[Report on the health of British troops in the Madras command]
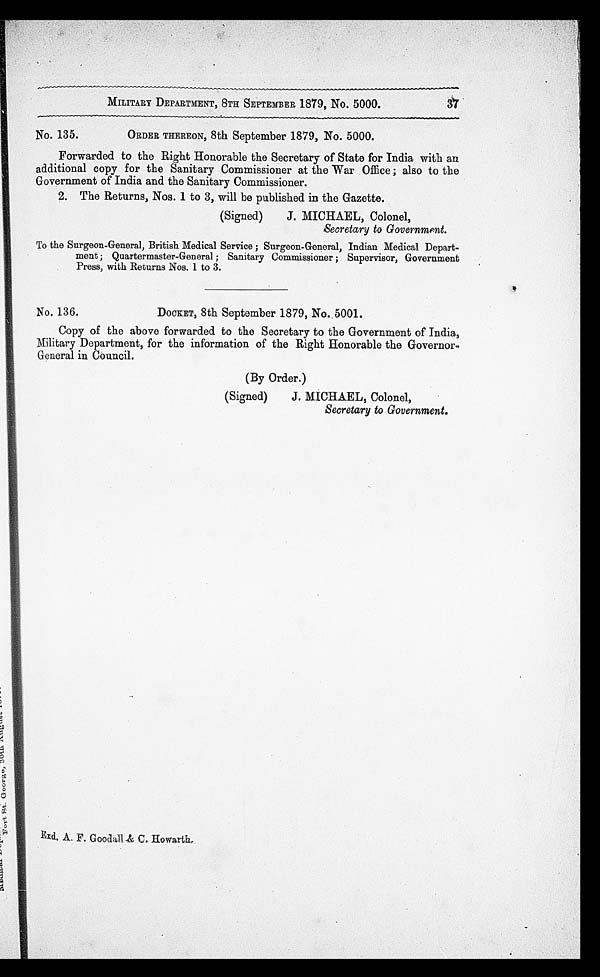
MILITARY DEPARTMENT, 8TH SEPTEMBER 1879, No. 5000.
37
No. 135.
ORDER THEREON, 8th September 1879, No. 5000.
Forwarded to the Right Honorable the Secretary of State for India with an
additional copy for the Sanitary Commissioner at the War Office ; also to the
Government of India and the Sanitary Commissioner.
2. The Returns, Nos. 1 to 3, will be published in the Gazette.
(Signed)
J. MICHAEL, Colonel,
Secretary to Government.
To the Surgeon-General, British Medical Service ; Surgeon-General, Indian Medical Depart
- m e n t ; Q u a r t e r m a s t e r - G e n e r a l ; S a n i t a r y C o m m i s s i o n e r ; S u p e r v i s o r , G o v e r n m e n t
Press, with Returns Nos. 1 to 3.
No. 136.
DOCKET, 8th September 1879, No. 5001.
Copy of the above forwarded to the Secretary to the Government of India,
Military Department, for the information of the Right Honorable the Governor-
General in Council.
(By Order.)
(Signed)
J. MICHAEL, Colonel,
Secretary to Government.
Exd. A. F. Goodall & C. Howarth.